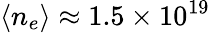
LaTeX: \langle n_{e}\rangle\approx 1.5\times 10^{19}